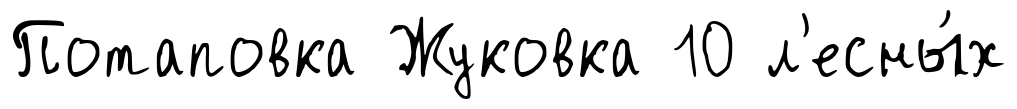
Потаповка Жуковка 10 л'есны́х